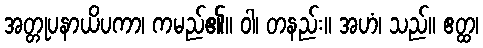
အတ္တုပနာယိပကာ၊ ကမည်၏။ ဝါ၊ တနည်း။ အဟံ၊ သည်။ ဧတ္ထ၊